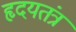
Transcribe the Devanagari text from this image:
हृदयतंत्र